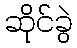
ဆိုင်ခွဲ